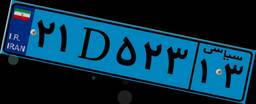
۲۱D۵۲۳۱۳